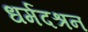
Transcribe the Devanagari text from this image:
धर्मदश्रन